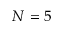
N = 5